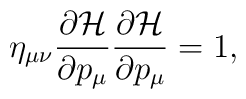
\eta _{\mu \nu }\frac{\partial {\cal H}}{\partial p_\mu }\frac{\partial {\cal H}}{\partial p_\mu }=1,